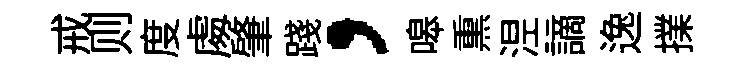
戒则度䖏肇踐，嗥𤋱𣵀謫逸擈